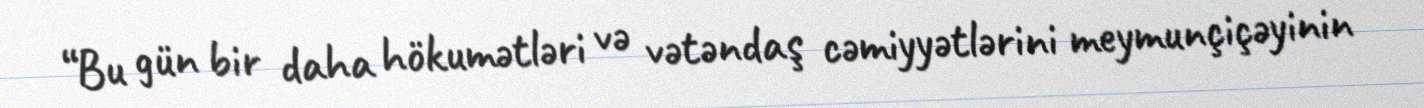
“Bu gün bir daha hökumətləri və vətəndaş cəmiyyətlərini meymunçiçəyinin